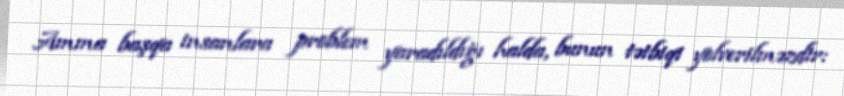
Amma başqa insanlara problem yaradıldığı halda, bunun tətbiqi yolverilməzdir: